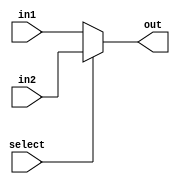
module mux_2_1_32bit
(
	output reg [31:0] out,
	input select,
	input [31:0] in1,
	input [31:0] in2
);

always @ (in1 or in2 or select) begin

if (select == 1'b0)
	out = in1;
else	
	out = in2;
	
end
endmodule